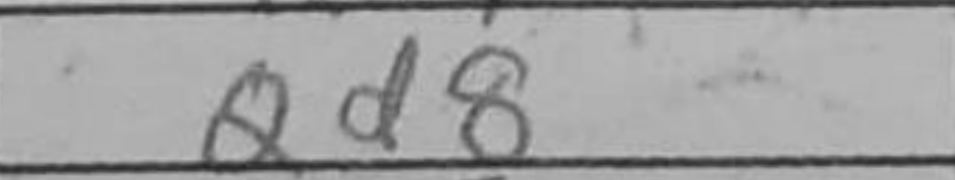
Transcription: Qd8